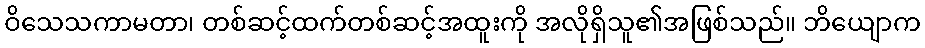
ဝိသေသကာမတာ၊ တစ်ဆင့်ထက်တစ်ဆင့်အထူးကို အလိုရှိသူ၏အဖြစ်သည်။ ဘိယျောက